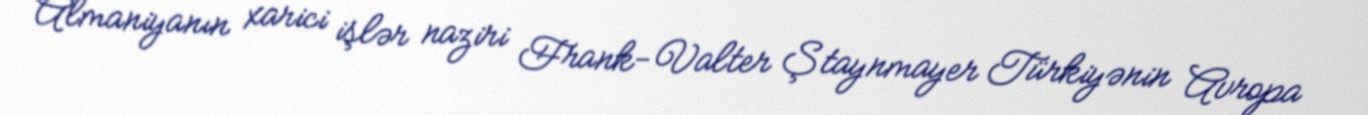
Almaniyanın xarici işlər naziri Frank-Valter Ştaynmayer Türkiyənin Avropa